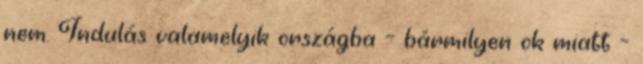
nem. Indulás valamelyik országba – bármilyen ok miatt –